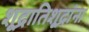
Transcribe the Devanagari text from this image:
शूद्रातिशूद्रांना